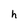
Character: h